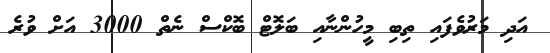
އަދި މަރުވެފައި ތިބި މީހުންނާއި ބަލޮޓް ބޮކްސް ނެތް 3000 އަށް ވުރެ